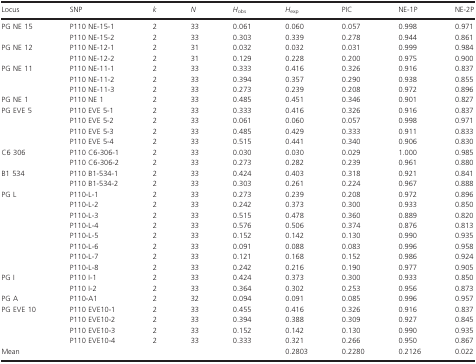
<table><thead><tr><td><b>Locus</b></td><td><b>SNP</b></td><td><b>k</b></td><td><b>N</b></td><td><b><i>H</i><sub>obs</sub></b></td><td><b><i>H</i><sub>exp</sub></b></td><td><b>PIC</b></td><td><b>NE‐1P</b></td><td><b>NE‐2P</b></td></tr></thead><tbody><tr><td rowspan="2">PG NE 15</td><td>P110 NE‐15‐1</td><td>2</td><td>33</td><td>0.061</td><td>0.060</td><td>0.057</td><td>0.998</td><td>0.971</td></tr><tr><td>P110 NE‐15‐2</td><td>2</td><td>33</td><td>0.303</td><td>0.339</td><td>0.278</td><td>0.944</td><td>0.861</td></tr><tr><td rowspan="2">PG NE 12</td><td>P110 NE‐12‐1</td><td>2</td><td>31</td><td>0.032</td><td>0.032</td><td>0.031</td><td>0.999</td><td>0.984</td></tr><tr><td>P110 NE‐12‐2</td><td>2</td><td>31</td><td>0.129</td><td>0.228</td><td>0.200</td><td>0.975</td><td>0.900</td></tr><tr><td rowspan="3">PG NE 11</td><td>P110 NE‐11‐1</td><td>2</td><td>33</td><td>0.333</td><td>0.416</td><td>0.326</td><td>0.916</td><td>0.837</td></tr><tr><td>P110 NE‐11‐2</td><td>2</td><td>33</td><td>0.394</td><td>0.357</td><td>0.290</td><td>0.938</td><td>0.855</td></tr><tr><td>P110 NE‐11‐3</td><td>2</td><td>33</td><td>0.273</td><td>0.239</td><td>0.208</td><td>0.972</td><td>0.896</td></tr><tr><td>PG NE 1</td><td>P110 NE 1</td><td>2</td><td>33</td><td>0.485</td><td>0.451</td><td>0.346</td><td>0.901</td><td>0.827</td></tr><tr><td rowspan="4">PG EVE 5</td><td>P110 EVE 5‐1</td><td>2</td><td>33</td><td>0.333</td><td>0.416</td><td>0.326</td><td>0.916</td><td>0.837</td></tr><tr><td>P110 EVE 5‐2</td><td>2</td><td>33</td><td>0.061</td><td>0.060</td><td>0.057</td><td>0.998</td><td>0.971</td></tr><tr><td>P110 EVE 5‐3</td><td>2</td><td>33</td><td>0.485</td><td>0.429</td><td>0.333</td><td>0.911</td><td>0.833</td></tr><tr><td>P110 EVE 5‐4</td><td>2</td><td>33</td><td>0.515</td><td>0.441</td><td>0.340</td><td>0.906</td><td>0.830</td></tr><tr><td rowspan="2">C6 306</td><td>P110 C6‐306‐1</td><td>2</td><td>33</td><td>0.030</td><td>0.030</td><td>0.029</td><td>1.000</td><td>0.985</td></tr><tr><td>P110 C6‐306‐2</td><td>2</td><td>33</td><td>0.273</td><td>0.282</td><td>0.239</td><td>0.961</td><td>0.880</td></tr><tr><td rowspan="2">B1 534</td><td>P110 B1‐534‐1</td><td>2</td><td>33</td><td>0.424</td><td>0.403</td><td>0.318</td><td>0.921</td><td>0.841</td></tr><tr><td>P110 B1‐534‐2</td><td>2</td><td>33</td><td>0.303</td><td>0.261</td><td>0.224</td><td>0.967</td><td>0.888</td></tr><tr><td rowspan="8">PG L</td><td>P110‐L‐1</td><td>2</td><td>33</td><td>0.273</td><td>0.239</td><td>0.208</td><td>0.972</td><td>0.896</td></tr><tr><td>P110‐L‐2</td><td>2</td><td>33</td><td>0.242</td><td>0.373</td><td>0.300</td><td>0.933</td><td>0.850</td></tr><tr><td>P110‐L‐3</td><td>2</td><td>33</td><td>0.515</td><td>0.478</td><td>0.360</td><td>0.889</td><td>0.820</td></tr><tr><td>P110‐L‐4</td><td>2</td><td>33</td><td>0.576</td><td>0.506</td><td>0.374</td><td>0.876</td><td>0.813</td></tr><tr><td>P110‐L‐5</td><td>2</td><td>33</td><td>0.152</td><td>0.142</td><td>0.130</td><td>0.990</td><td>0.935</td></tr><tr><td>P110‐L‐6</td><td>2</td><td>33</td><td>0.091</td><td>0.088</td><td>0.083</td><td>0.996</td><td>0.958</td></tr><tr><td>P110‐L‐7</td><td>2</td><td>33</td><td>0.121</td><td>0.168</td><td>0.152</td><td>0.986</td><td>0.924</td></tr><tr><td>P110‐L‐8</td><td>2</td><td>33</td><td>0.242</td><td>0.216</td><td>0.190</td><td>0.977</td><td>0.905</td></tr><tr><td rowspan="2">PG I</td><td>P110 I‐1</td><td>2</td><td>33</td><td>0.424</td><td>0.373</td><td>0.300</td><td>0.933</td><td>0.850</td></tr><tr><td>P110 I‐2</td><td>2</td><td>33</td><td>0.364</td><td>0.302</td><td>0.253</td><td>0.956</td><td>0.873</td></tr><tr><td>PG A</td><td>P110‐A1</td><td>2</td><td>32</td><td>0.094</td><td>0.091</td><td>0.085</td><td>0.996</td><td>0.957</td></tr><tr><td rowspan="4">PG EVE 10</td><td>P110 EVE10‐1</td><td>2</td><td>33</td><td>0.455</td><td>0.416</td><td>0.326</td><td>0.916</td><td>0.837</td></tr><tr><td>P110 EVE10‐2</td><td>2</td><td>33</td><td>0.394</td><td>0.388</td><td>0.309</td><td>0.927</td><td>0.845</td></tr><tr><td>P110 EVE10‐3</td><td>2</td><td>33</td><td>0.152</td><td>0.142</td><td>0.130</td><td>0.990</td><td>0.935</td></tr><tr><td>P110 EVE10‐4</td><td>2</td><td>33</td><td>0.333</td><td>0.321</td><td>0.266</td><td>0.950</td><td>0.867</td></tr><tr><td>Mean</td><td>[EMPTY_CELL]</td><td>[EMPTY_CELL]</td><td>[EMPTY_CELL]</td><td>[EMPTY_CELL]</td><td>0.2803</td><td>0.2280</td><td>0.2126</td><td>0.022</td></tr></tbody></table>